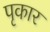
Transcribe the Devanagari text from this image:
पृकार